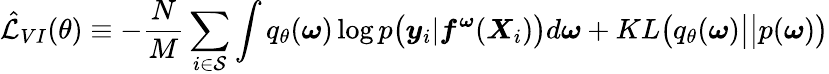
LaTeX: \hat{\mathcal{L}}_{VI}(\theta)\equiv-\frac{N}{M}\sum_{i\in\mathcal{S}}\int q_{\theta}(\boldsymbol{\omega})\log p\big(\boldsymbol{y}_{i}|\boldsymbol{f}^{\boldsymbol{\omega}}(\boldsymbol{X}_{i})\big)d\boldsymbol{\omega}+KL\big(q_{\theta}(\boldsymbol{\omega})\big|\big|p(\boldsymbol{\omega})\big)